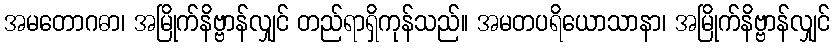
အမတောဂဓာ၊ အမြိုက်နိဗ္ဗာန်လျှင် တည်ရာရှိကုန်သည်။ အမတပရိယောသာနာ၊ အမြိုက်နိဗ္ဗာန်လျှင်